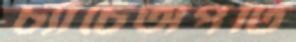
চ্যাঁচেঅপটি